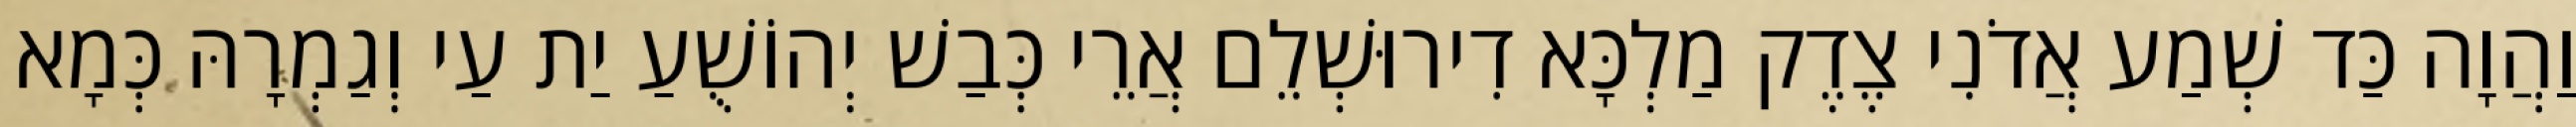
וַהֲוָה כַּד שְׁמַע אֲדֹנִי צֶדֶק מַלְכָּא דִירוּשְׁלֵם אֲרֵי כְּבַשׁ יְהוֹשֻׁעַ יַת עַי וְגַמְרָהּ כְּמָא